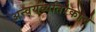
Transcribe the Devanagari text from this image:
अन्वयव्यतिरेकाचे